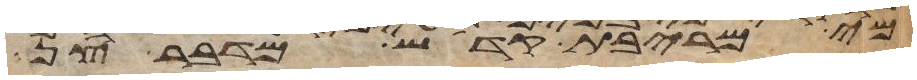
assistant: מי מריבת קדש מדבר צן